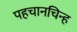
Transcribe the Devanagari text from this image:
पहचानचिन्ह